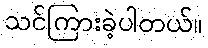
သင်ကြားခဲ့ပါတယ်။